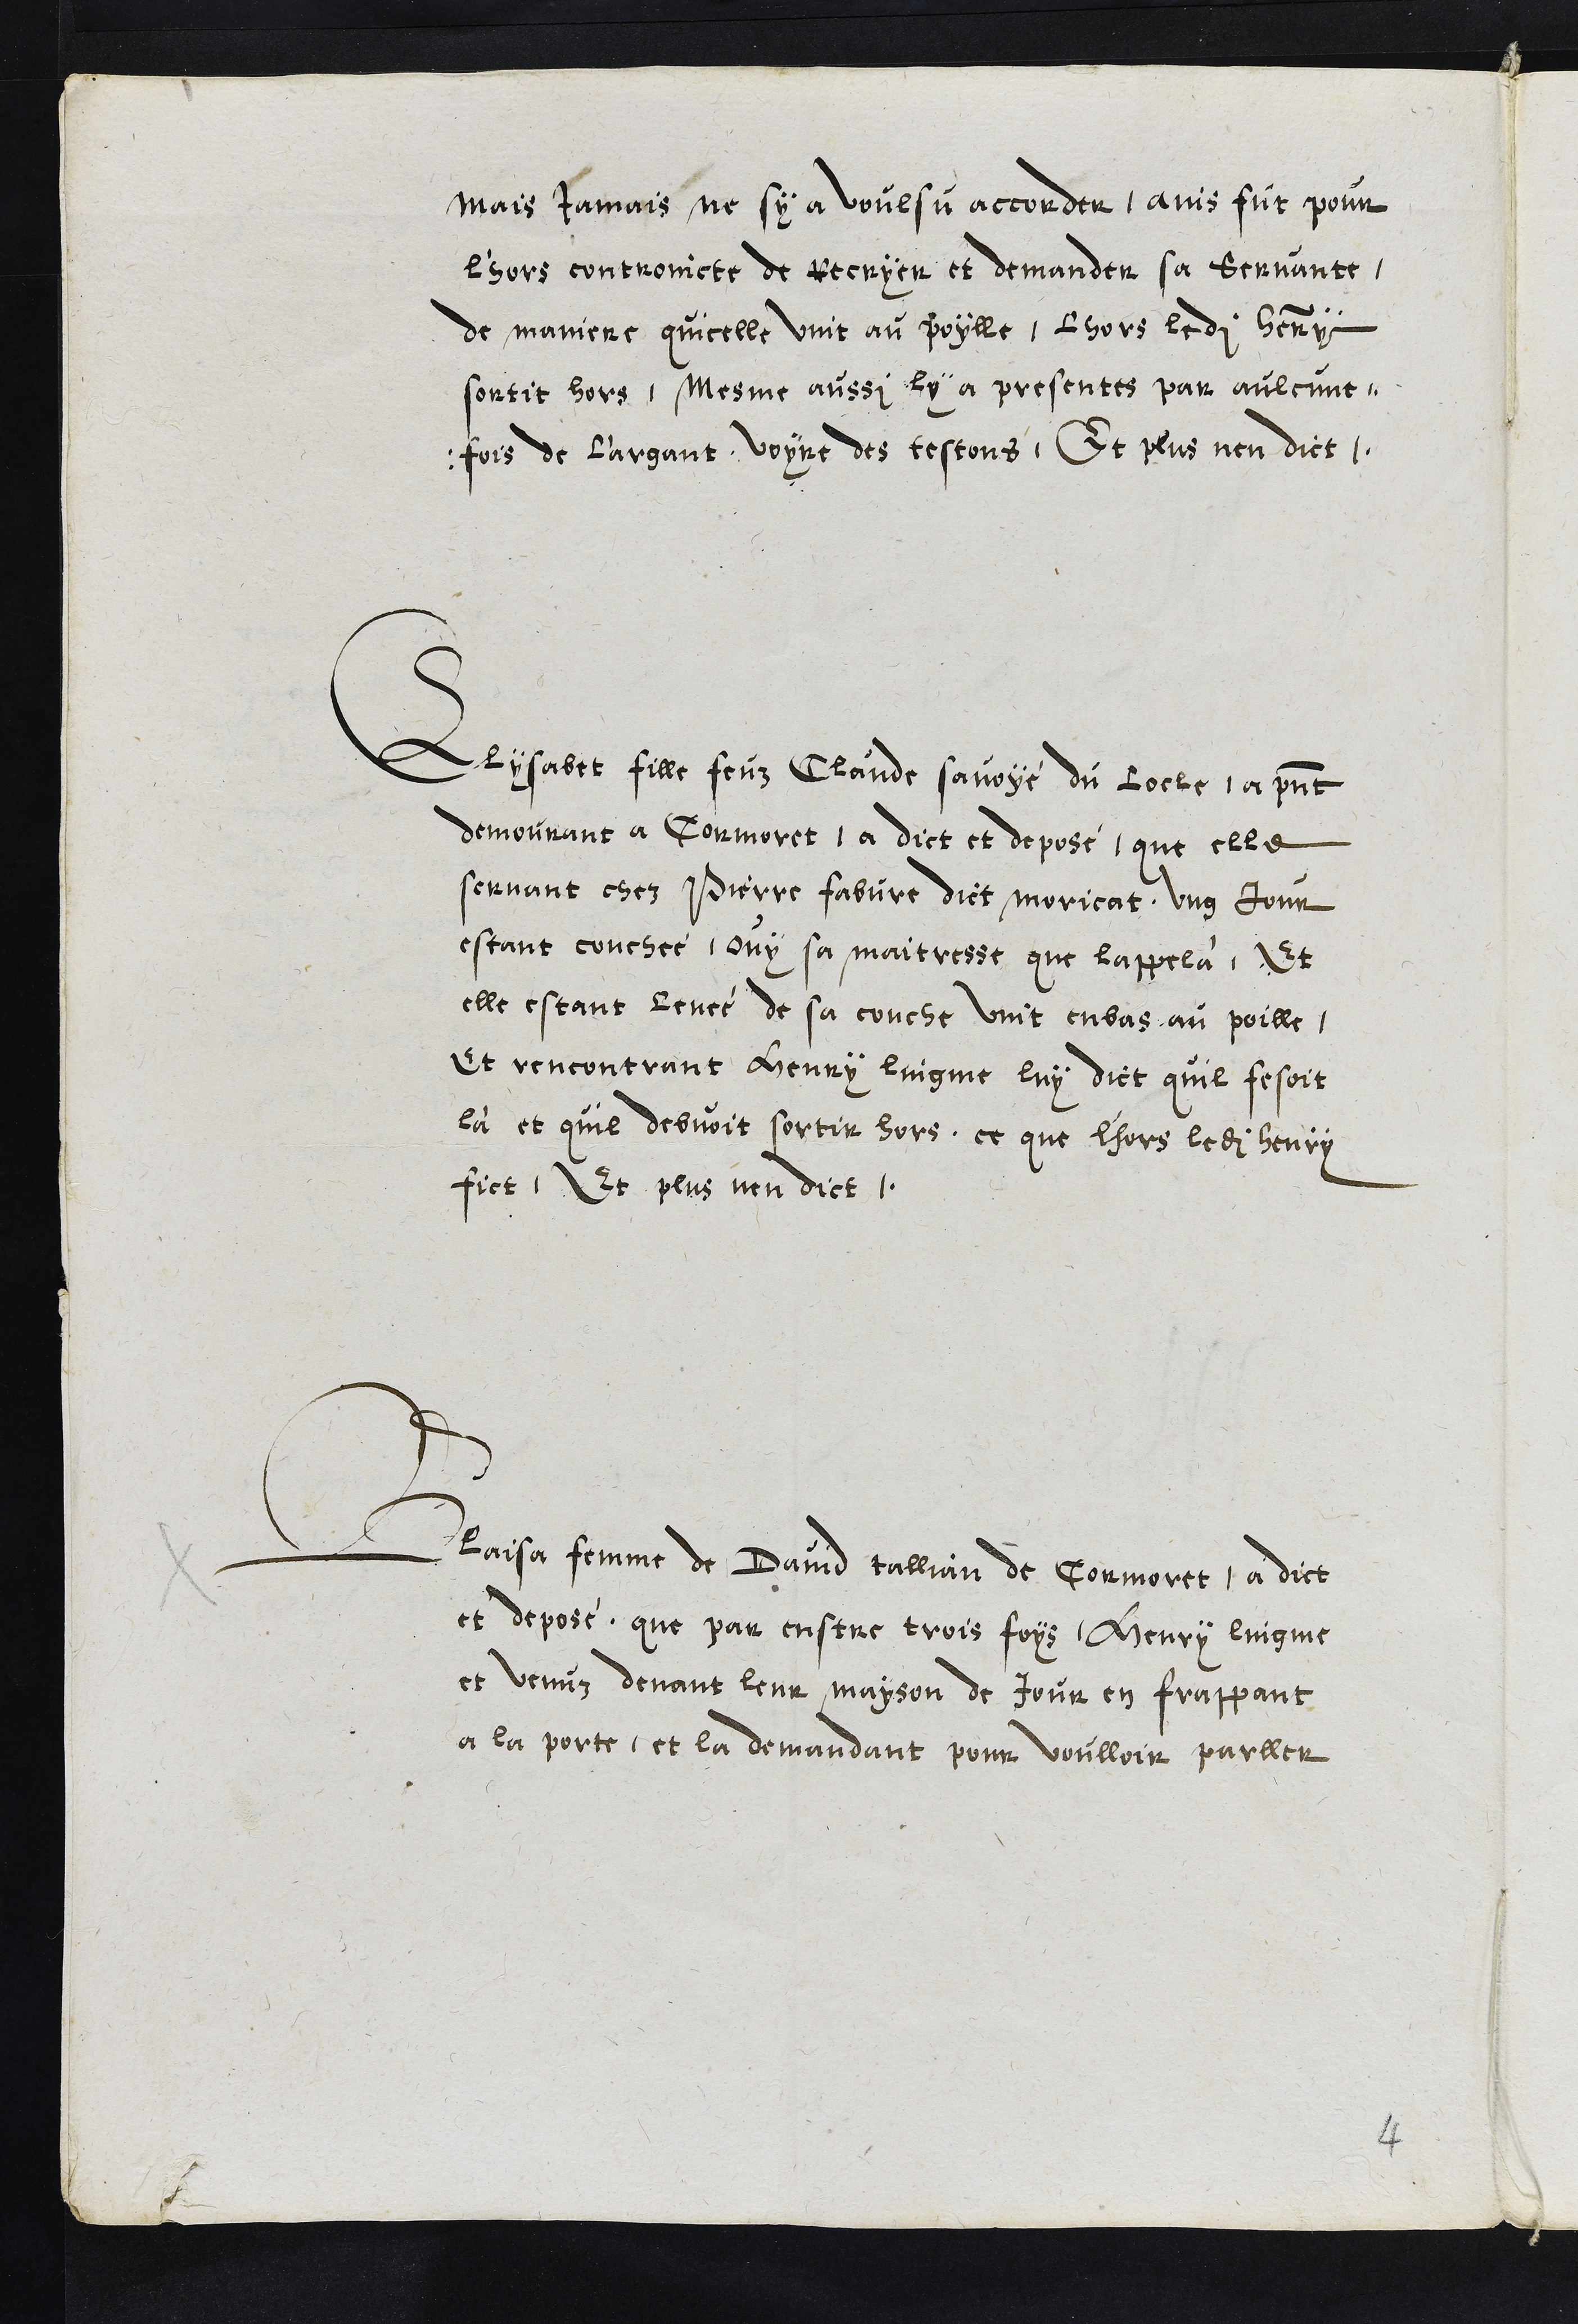
mais Jamais ne sy a voulsu accorder, ains fut pour
l'hors controincte de recryer et demanden sa servante,
de maniere quicelle vint au poylle, lhors ledit Henry
sortit hors, mesme aussi ly a presentes par aulcune
fois de l'argant, voyre des testons, Et plus nen dict.
Elysabet fille feuz Claude savoyé du Locle, a present
demourant a Cormoret a dict et deposé que elle
servant chez Pierre fabvre dict morirat, ung Jour
estant couchée, ouy sa maitresse que lappela, Et
elle estant levée de sa couche vint enbas au poille,
Et rencontrant Henry lingne luy dict quil fesoit
là et quil debvoit sortir hors, et que l'hors ledit Henry
fict. Et plus nen dict.
Blaisa femme de David tallian de Cormoret, a dict
et deposé, que par enstre trois foys, Henry lingme
et venuz devant leur mayson de Jour en frappant
a la porte, et la demandant pour voulloir parller
4